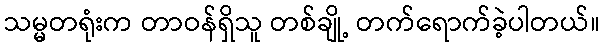
သမ္မတရုံးက တာဝန်ရှိသူ တစ်ချို့ တက်ရောက်ခဲ့ပါတယ်။